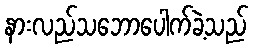
နားလည်သဘောပေါက်ခဲ့သည်